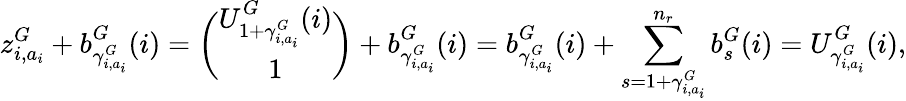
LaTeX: z_{i,a_{i}}^{G}+b_{\gamma_{i,a_{i}}^{G}}^{G}(i)=\binom{U_{1+\gamma_{i,a_{i}}^{G}}^{G}(i)}{1}+b_{\gamma_{i,a_{i}}^{G}}^{G}(i)=b_{\gamma_{i,a_{i}}^{G}}^{G}(i)+\sum_{s=1+\gamma_{i,a_{i}}^{G}}^{n_{r}}b_{s}^{G}(i)=U_{\gamma_{i,a_{i}}^{G}}^{G}(i),